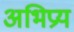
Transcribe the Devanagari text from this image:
अभिप्रय